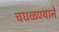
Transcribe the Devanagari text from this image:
चघळण्याने